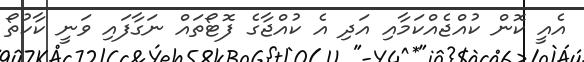
އެއީ ކޮން ކުއްޖެއްކަމާއި އަދި އެ ކުއްޖާގެ ފޮޓޯތައް ނަގާފައި ވަނީ ކާކުތޯ